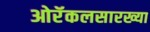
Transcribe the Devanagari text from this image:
ओरॅकलसारख्या